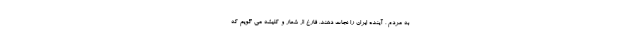
به مردم ، آینده ایران را نجات دهند. فارغ از شعار و کلیشه می گویم که